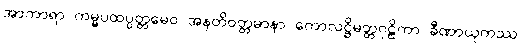
အာကာရာ ကမ္မပထပ္ပတ္တမေဝ အနတိဝတ္တမာနာ ကောလဋ္ဌိမတ္တဂုဠိကာ ခီဏာယုကဿ